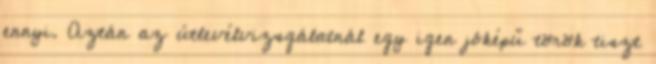
ennyi. Aztán az útlevélvizsgálatnál egy igen jóképű török tiszt